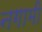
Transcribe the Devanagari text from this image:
नगामी